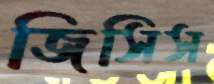
জিসিস